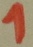
Text: 1